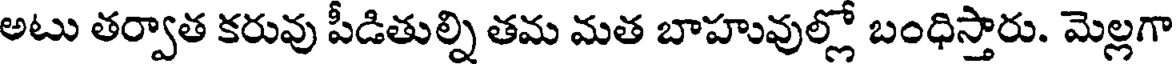
అటు తర్వాత కరువు పీడితుల్ని తమ మత బాహువుల్లో బంధిస్తారు. మెల్లగా